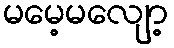
မမေ့မလျော့